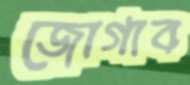
জোগাব